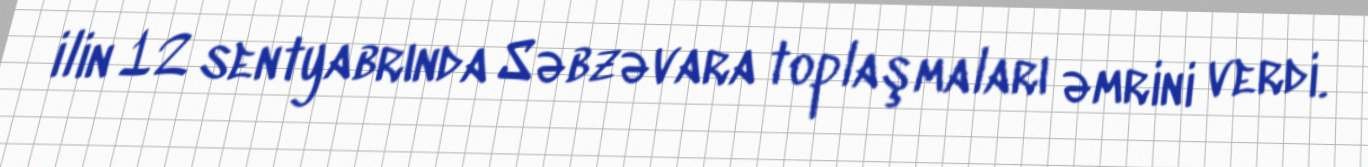
ilin 12 sentyabrında Səbzəvara toplaşmaları əmrini verdi.